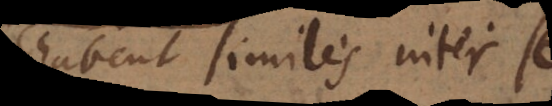
habent similes inter se